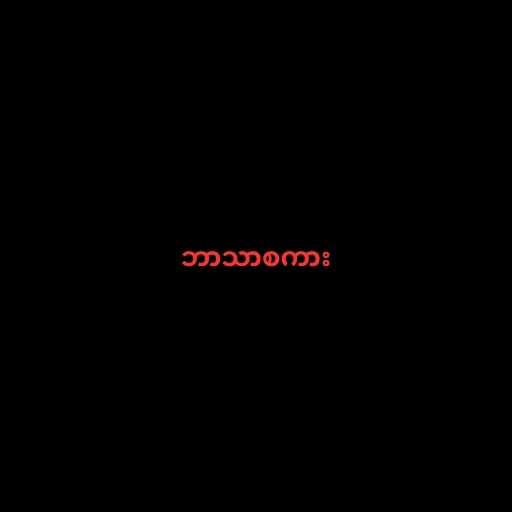
ဘာသာစကား